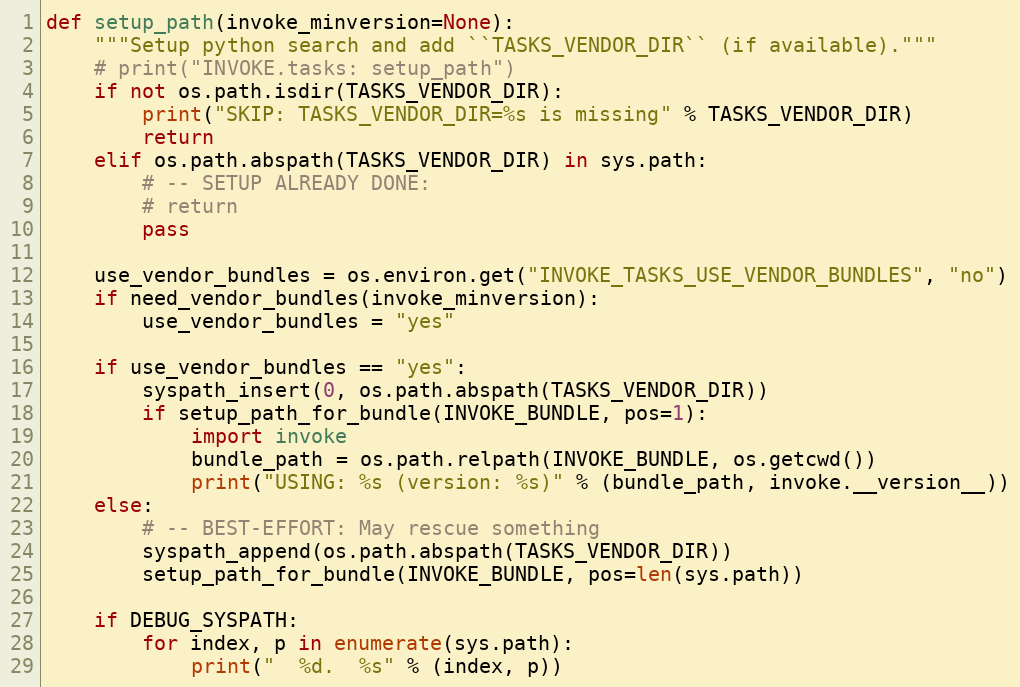
Language: Python
def setup_path(invoke_minversion=None):
    """Setup python search and add ``TASKS_VENDOR_DIR`` (if available)."""
    # print("INVOKE.tasks: setup_path")
    if not os.path.isdir(TASKS_VENDOR_DIR):
        print("SKIP: TASKS_VENDOR_DIR=%s is missing" % TASKS_VENDOR_DIR)
        return
    elif os.path.abspath(TASKS_VENDOR_DIR) in sys.path:
        # -- SETUP ALREADY DONE:
        # return
        pass

    use_vendor_bundles = os.environ.get("INVOKE_TASKS_USE_VENDOR_BUNDLES", "no")
    if need_vendor_bundles(invoke_minversion):
        use_vendor_bundles = "yes"

    if use_vendor_bundles == "yes":
        syspath_insert(0, os.path.abspath(TASKS_VENDOR_DIR))
        if setup_path_for_bundle(INVOKE_BUNDLE, pos=1):
            import invoke
            bundle_path = os.path.relpath(INVOKE_BUNDLE, os.getcwd())
            print("USING: %s (version: %s)" % (bundle_path, invoke.__version__))
    else:
        # -- BEST-EFFORT: May rescue something
        syspath_append(os.path.abspath(TASKS_VENDOR_DIR))
        setup_path_for_bundle(INVOKE_BUNDLE, pos=len(sys.path))

    if DEBUG_SYSPATH:
        for index, p in enumerate(sys.path):
            print("  %d.  %s" % (index, p))